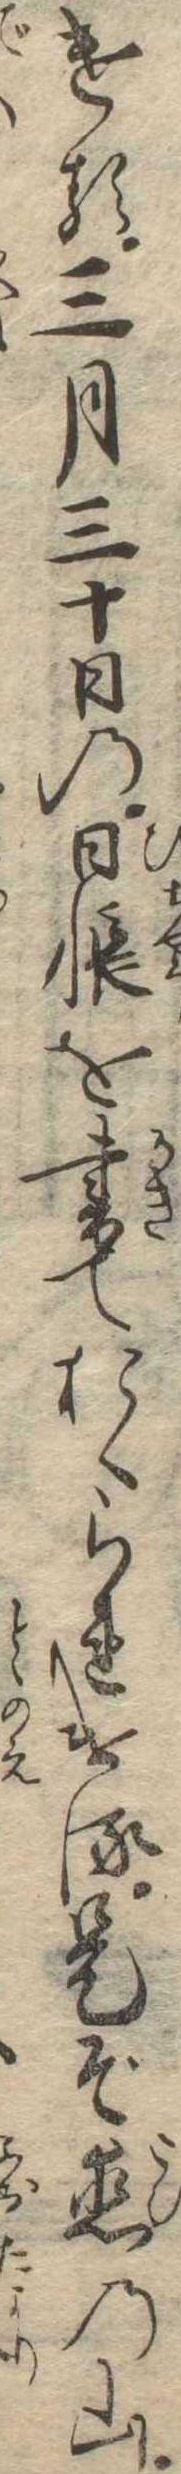
ける三月三十日の日帳を書ておくられける是ぞ恋の山